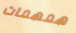
همهمات